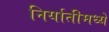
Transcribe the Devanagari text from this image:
निर्यातीमध्ये